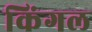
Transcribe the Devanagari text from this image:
किंगल